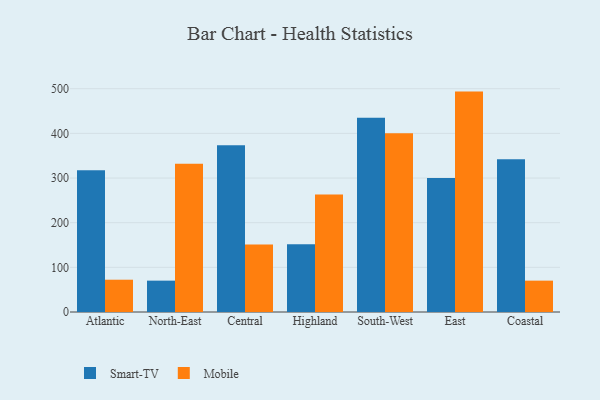
{"axis": {"x": "Region", "y": "Population (Million)"}, "legend": ["Mobile", "Smart-TV"], "data": [{"x": "Atlantic", "y": 317.2, "type": "Smart-TV"}, {"x": "Atlantic", "y": 72.3, "type": "Mobile"}, {"x": "North-East", "y": 70.2, "type": "Smart-TV"}, {"x": "North-East", "y": 332.2, "type": "Mobile"}, {"x": "Central", "y": 373.2, "type": "Smart-TV"}, {"x": "Central", "y": 151.0, "type": "Mobile"}, {"x": "Highland", "y": 151.5, "type": "Smart-TV"}, {"x": "Highland", "y": 262.9, "type": "Mobile"}, {"x": "South-West", "y": 434.7, "type": "Smart-TV"}, {"x": "South-West", "y": 400.3, "type": "Mobile"}, {"x": "East", "y": 299.9, "type": "Smart-TV"}, {"x": "East", "y": 493.5, "type": "Mobile"}, {"x": "Coastal", "y": 342.0, "type": "Smart-TV"}, {"x": "Coastal", "y": 70.2, "type": "Mobile"}]}